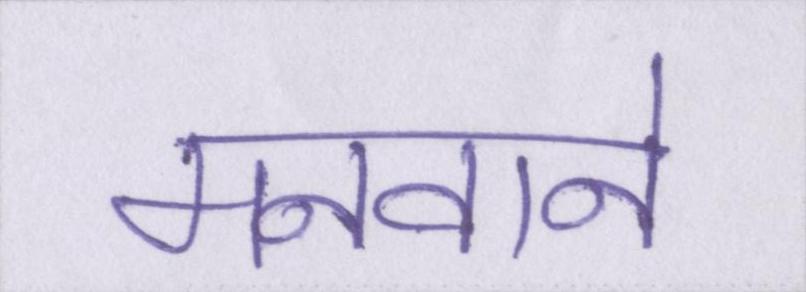
मनवाने